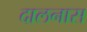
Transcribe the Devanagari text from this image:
दालनास